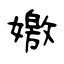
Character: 嬓